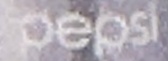
pepsi